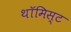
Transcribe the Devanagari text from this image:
थॉमिस्ट